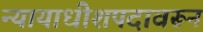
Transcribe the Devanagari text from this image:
न्यायाधीशपदावरून